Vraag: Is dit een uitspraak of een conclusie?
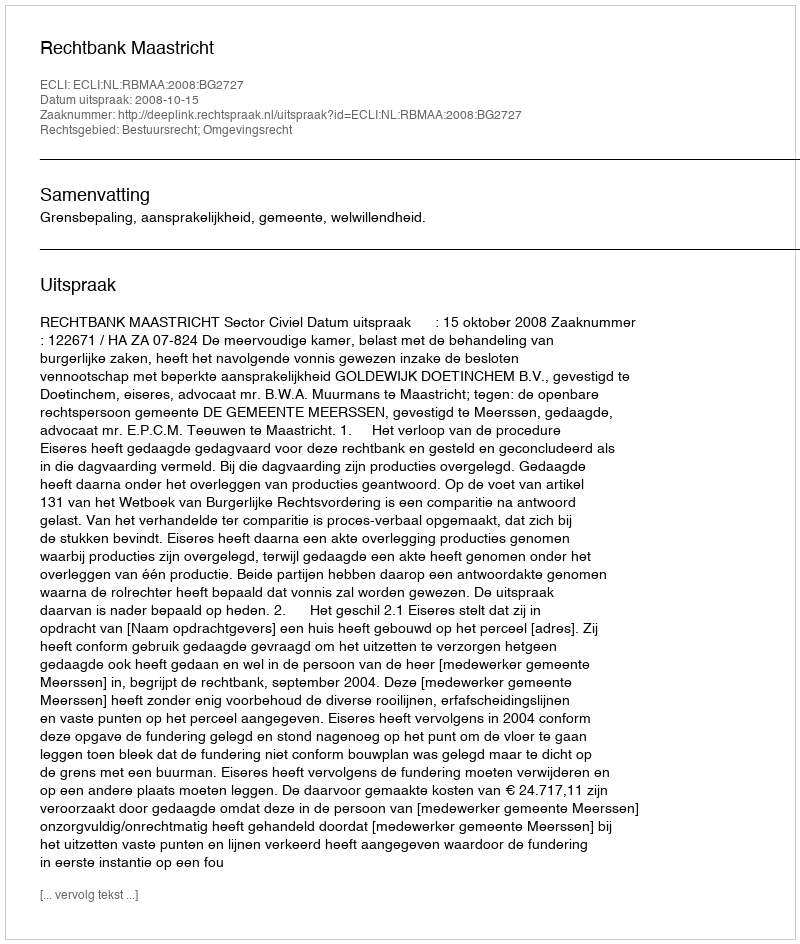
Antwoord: Uitspraak